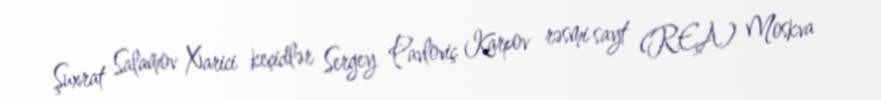
Şuxrat Salamov Xarici keçidlər Sergey Pavloviç Karpov rəsmi sayt (REA) Moskva